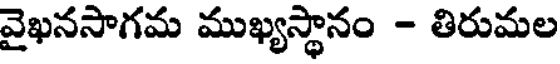
వైఖనసాగమ ముఖ్యస్థానం - తిరుమల